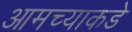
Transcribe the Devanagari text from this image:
आमच्‍याकडे